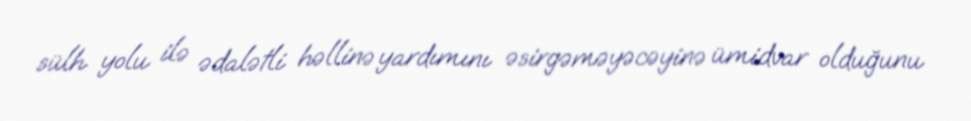
sülh yolu ilə ədalətli həllinə yardımını əsirgəməyəcəyinə ümidvar olduğunu